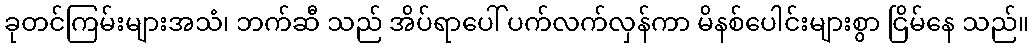
ခုတင်ကြမ်းများအသံ၊ ဘက်ဆီ သည် အိပ်ရာပေါ် ပက်လက်လှန်ကာ မိနစ်ပေါင်းများစွာ ငြိမ်နေ သည်။